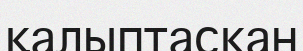
қалыптаскан